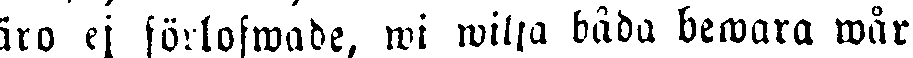
äro ej förlofwade, wi wilja båda bewara wår